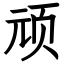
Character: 顽